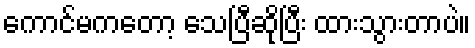
ကောင်မကတော့ သေပြီဆိုပြီး ထားသွားတာပဲ။